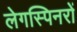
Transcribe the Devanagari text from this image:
लेगस्पिनरों